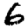
Digit: 6